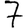
Digit: 7